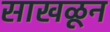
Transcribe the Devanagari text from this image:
साखळून